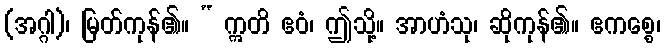
(အဂ္ဂါ)၊ မြတ်ကုန်၏။ “ ဣတိ ဧဝံ၊ ဤသို့။ အာဟံသု၊ ဆိုကုန်၏။ ဧကစ္စေ၊